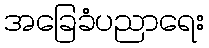
အခြေခံပညာရေး